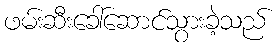
ဖမ်းဆီးခေါ်ဆောင်သွားခဲ့သည်